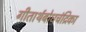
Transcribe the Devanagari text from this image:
गीतार्थबोधचंद्रिका